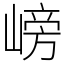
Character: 嵭